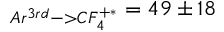
_ { A r ^ { 3 r d } - > C F _ { 4 } ^ { + * } } = 4 9 \pm 1 8 \quad